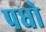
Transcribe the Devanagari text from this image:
पधो